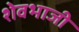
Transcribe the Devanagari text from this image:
शेवभाजी